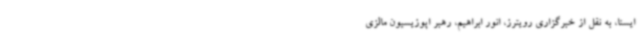
ایسنا، به نقل از خبرگزاری رویترز، انور ابراهیم، رهبر اپوزیسیون مالزی